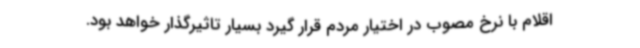
اقلام با نرخ مصوب در اختیار مردم قرار گیرد بسیار تاثیرگذار خواهد بود.